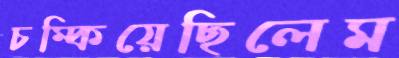
চম্‌কিয়েছিলেম